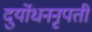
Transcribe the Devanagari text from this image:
दुर्योधननृपती